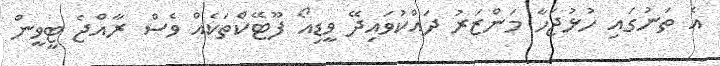
އެ ތަނުގައި ހުޅުޖަހާ މަންޒަރު ދައްކުވައިދޭ ވީޑިއޯ ފޫޓޭކްތަކެއް ވެސް ރާއްޖެ ޓީވީން